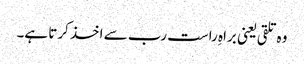
وہ تلقی یعنی براہِ راست رب سے اخذ کرتا ہے۔